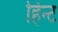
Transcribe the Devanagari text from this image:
हिन्ट